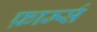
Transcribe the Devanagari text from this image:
फ़ार्म्स